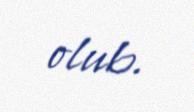
olub.